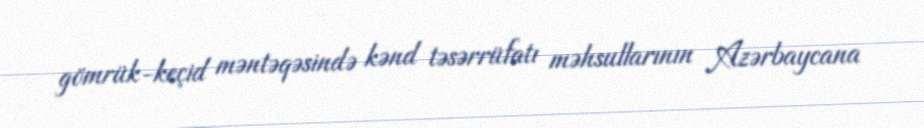
gömrük-keçid məntəqəsində kənd təsərrüfatı məhsullarının Azərbaycana